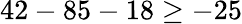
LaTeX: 42-85-18\geq-25